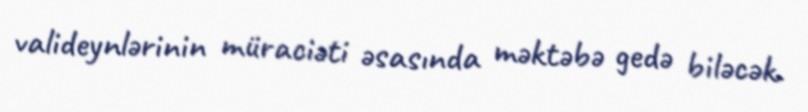
valideynlərinin müraciəti əsasında məktəbə gedə biləcək.